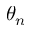
\theta _ { n }